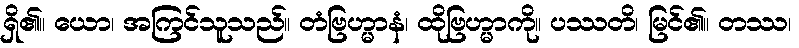
ရှိ၏။ ယော၊ အကြင်သူသည်။ တံဗြဟ္မာနံ၊ ထိုဗြဟ္မာကို။ ပဿတိ၊ မြင်၏။ တဿ၊